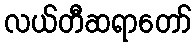
လယ်တီဆရာတော်